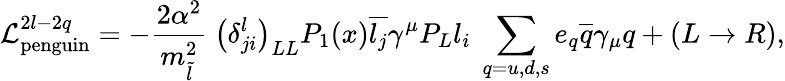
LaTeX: {\cal L}_{\mathrm{penguin}}^{2l-2q}=-{\frac{2\alpha^{2}}{m_{\tilde{l}}^{2}}}~\left(\delta_{ji}^{l}\right)_{LL}P_{1}(x)\overline{{{l_{j}}}}\gamma^{\mu}P_{L}l_{i}~\sum_{q=u,d,s}e_{q}\overline{{{q}}}\gamma_{\mu}q+(L\rightarrow R),